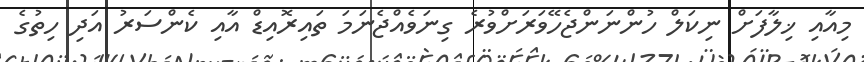
މިއާއި ޚިލާފަށް ނިކަލް ހުންނަންޖެހޭވަރަށްވުރެ ގިނަވެއްޖެނަމަ ތައިރޮއިޑް އާއި ކެންސަރު އަދި ހިތުގެ